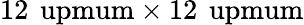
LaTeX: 12\, \mathrm{\ upmum}\times 12\, \mathrm{\ upmum}